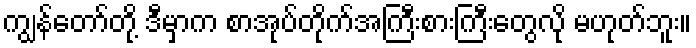
ကျွန်တော်တို့ ဒီမှာက စာအုပ်တိုက်အကြီးစားကြီးတွေလို မဟုတ်ဘူး။